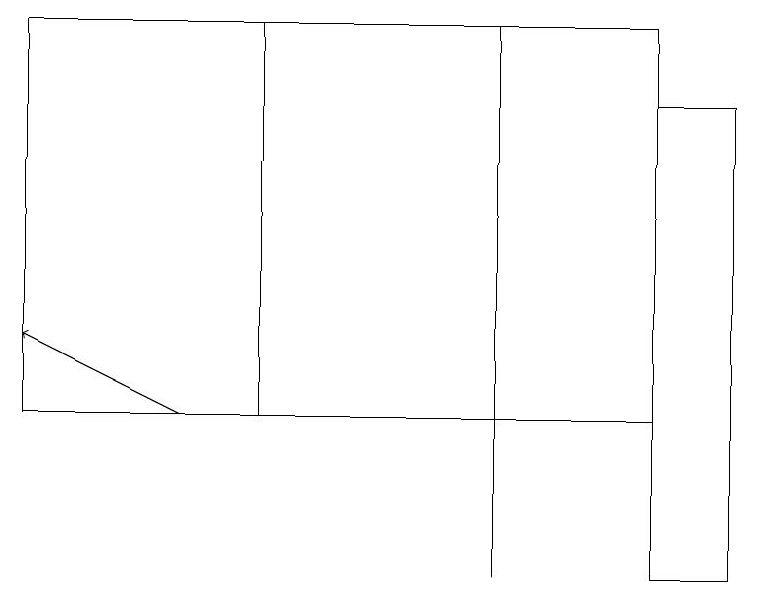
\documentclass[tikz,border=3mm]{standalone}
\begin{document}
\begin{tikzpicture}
\draw (0,12) rectangle (4,12);
\draw (8,10) rectangle (9,16);
\draw[->] (2,12) -- (0,13);
\draw (6,10) rectangle (6,17);
\draw (0,17) rectangle (3,12);
\draw (3,12) rectangle (8,17);
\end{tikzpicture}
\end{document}